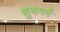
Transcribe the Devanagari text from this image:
शुथमर्ग